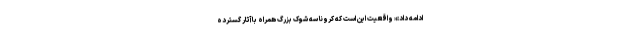
ادامه داد:« واقعیت این است که کرونا سه شوک بزرگ همراه با آثار گسترده